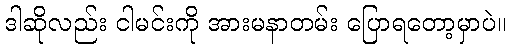
ဒါဆိုလည်း ငါမင်းကို အားမနာတမ်း ပြောရတော့မှာပဲ။